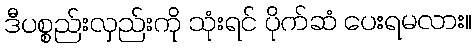
ဒီပစ္စည်းလှည်းကို သုံးရင် ပိုက်ဆံ ပေးရမလား။